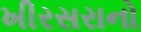
ખીરસરાનો